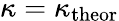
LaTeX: \kappa=\kappa_{\mathrm{theor}}